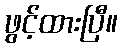
ဖွင့်ထားပြီ။